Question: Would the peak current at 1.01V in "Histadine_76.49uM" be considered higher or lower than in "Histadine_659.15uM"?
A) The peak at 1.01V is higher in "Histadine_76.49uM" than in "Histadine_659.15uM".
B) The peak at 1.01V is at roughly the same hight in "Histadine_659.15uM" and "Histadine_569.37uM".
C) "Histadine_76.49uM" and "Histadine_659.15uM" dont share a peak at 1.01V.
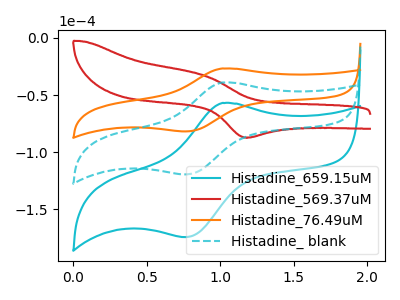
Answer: <think>The cyan curve "Histadine_659.15uM" has an anodic peak at (1.00V, -78.05uA) and a cathodic peak at (0.75V, -238.95uA). The red curve "Histadine_569.37uM" has an anodic peak at (0.90V, -33.30uA) and a cathodic peak at (1.15V, -87.15uA). The orange curve "Histadine_76.49uM" has an anodic peak at (1.00V, -26.75uA) and a cathodic peak at (0.75V, -81.85uA). The cyan dashed curve "Histadine_ blank" has an anodic peak at (1.00V, -39.05uA) and a cathodic peak at (0.75V, -119.45uA).</think>
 <answer>A) The peak at 1.01V is higher in "Histadine_76.49uM" than in "Histadine_659.15uM".</answer>
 <eval>A</eval>